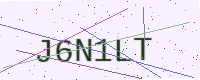
Text: J6N1LT